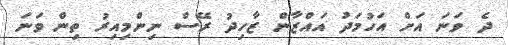
ދެ ވަނަ އަށް އަހުމަދު އައްޒާން ޒާހިދު ރޭސް ނިންމިއިރު ތިން ވަނަ